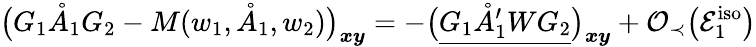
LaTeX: \big(G_{1}\mathring{A}_{1}G_{2}-M(w_{1},\mathring{A}_{1},w_{2})\big)_{\boldsymbol{x}\boldsymbol{y}}=-\big(\underline{{G_{1}\mathring{A}_{1}^{\prime}WG_{2}}}\big)_{\boldsymbol{x}\boldsymbol{y}}+\mathcal{O}_{\prec}\big(\mathcal{E}_{1}^{\mathrm{iso}}\big)